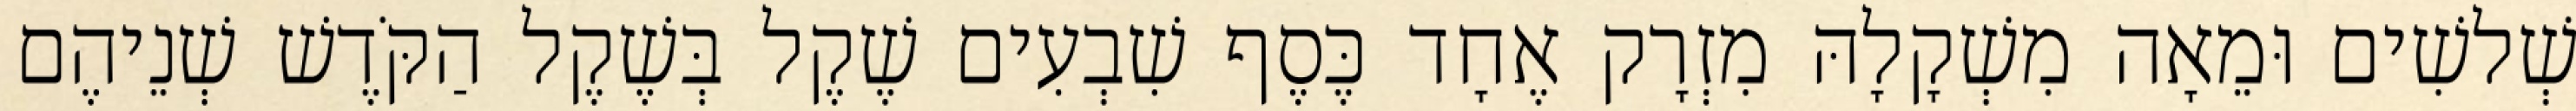
שְׁלשִׁים וּמֵאָה מִשְׁקָלָהּ מִזְרָק אֶחָד כֶּסֶף שִׁבְעִים שֶׁקֶל בְּשֶׁקֶל הַקֹּדֶשׁ שְׁנֵיהֶם